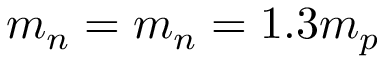
m _ { n } = m _ { n } = 1 . 3 m _ { p }